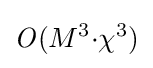
{\it {O}}(M^{3}{\cdot }{\chi }^{3})